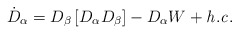
\begin{align*}\dot{D}_{\alpha} = D_{\beta}\left[ D_{\alpha}D_{\beta} \right]- D_{\alpha} W + {\it h.c.}\end{align*}